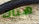
هناك